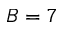
B = 7